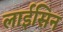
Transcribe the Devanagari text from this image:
लाईसिन